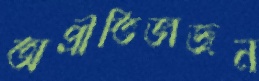
অপ্রীতিভাজন